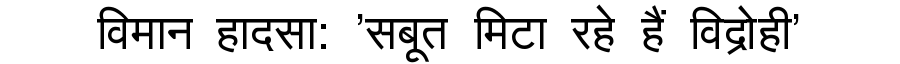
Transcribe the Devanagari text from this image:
विमान हादसा: 'सबूत मिटा रहे हैं विद्रोही'